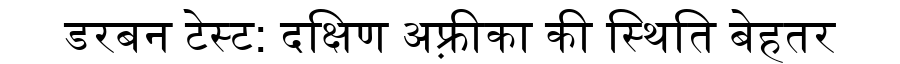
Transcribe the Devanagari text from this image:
डरबन टेस्ट: दक्षिण अफ़्रीका की स्थिति बेहतर